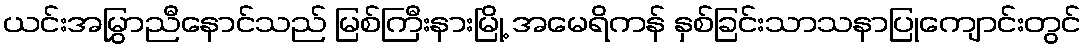
ယင်းအမြွှာညီနောင်သည် မြစ်ကြီးနားမြို့ အမေရိကန် နှစ်ခြင်းသာသနာပြုကျောင်းတွင်